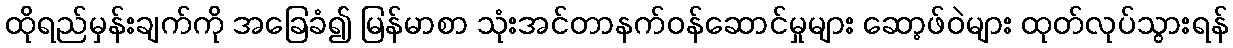
ထိုရည်မှန်းချက်ကို အခြေခံ၍ မြန်မာစာ သုံးအင်တာနက်ဝန်ဆောင်မှုများ ဆော့ဖ်ဝဲများ ထုတ်လုပ်သွားရန်